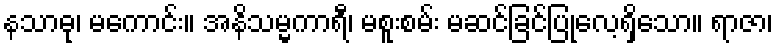
နသာဓု၊ မကောင်း။ အနိသမ္မကာရီ၊ မစူးစမ်း မဆင်ခြင်ပြုလေ့ရှိသော။ ရာဇာ၊